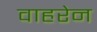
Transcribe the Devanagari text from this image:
वाहरेन